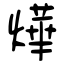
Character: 燁